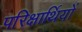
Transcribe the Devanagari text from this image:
परिक्षार्थियों